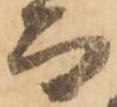
而